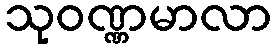
သုဝဏ္ဏမာလာ